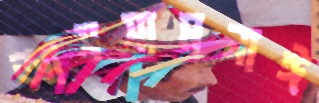
আসসামনাঈ